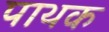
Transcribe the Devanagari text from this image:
पाथक